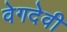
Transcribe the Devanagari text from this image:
वेगदेवी